Document type: Sale
Year: 1209
Scribe: Arnau de Torre
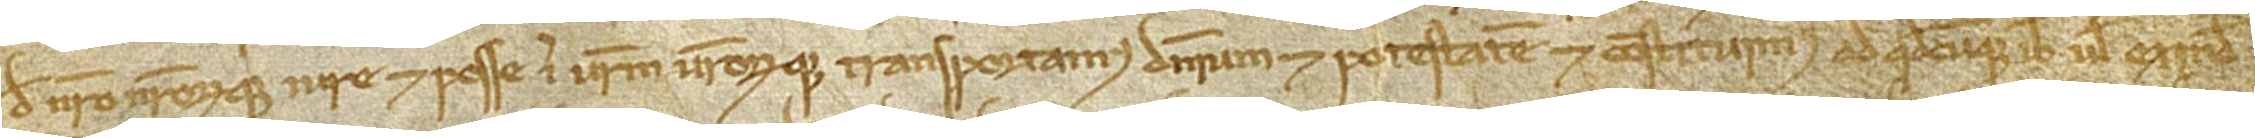
de nostro nostrorumque iure et posse in vestrum vestrorumque transportamus dominium et potestatem et constituimus ad quodcumque ibi vel exinde